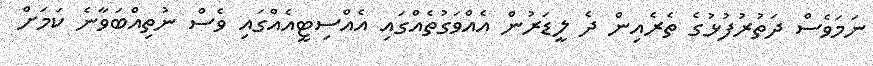
ނަމަވެސް ދަތުރުފުޅުގެ ތެރެއިން ދެ ލީޑަރުން އެއްވަގުތެއްގައި އެއްސިޓީއެއްގައި ވެސް ނުތިއްބަވާނެ ކަމަށް